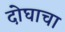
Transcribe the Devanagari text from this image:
दोघाचा